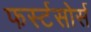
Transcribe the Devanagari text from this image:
फर्स्टसोर्स